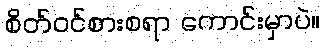
စိတ်ဝင်စားစရာ ကောင်းမှာပဲ။